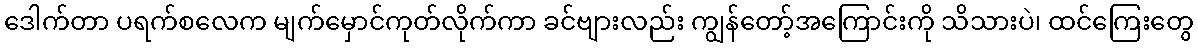
ဒေါက်တာ ပရက်စလေက မျက်မှောင်ကုတ်လိုက်ကာ ခင်ဗျားလည်း ကျွန်တော့်အကြောင်းကို သိသားပဲ၊ ထင်ကြေးတွေ